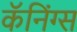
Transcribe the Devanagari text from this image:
कॅनिंग्स